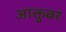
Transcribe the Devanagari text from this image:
आक्तुबर